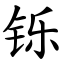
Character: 铄